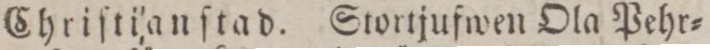
Chriſti’anſtad. Stortjufwen Ola Pehr=